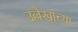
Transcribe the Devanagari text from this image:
उल्लेखांच्या